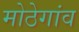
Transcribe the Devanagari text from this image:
मोठेगांव